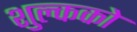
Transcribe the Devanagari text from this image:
शुल्कको